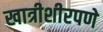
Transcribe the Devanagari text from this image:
खात्रीशीरपणे